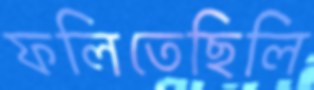
ফলিতেছিলি